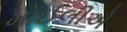
મોઈલીએ